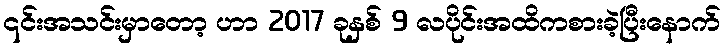
၎င်းအသင်းမှာတော့ ဟာ 2017 ခုနှစ် 9 လပိုင်းအထိကစားခဲ့ပြီးနောက်